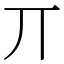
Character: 丌